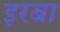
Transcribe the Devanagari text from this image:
इरबा